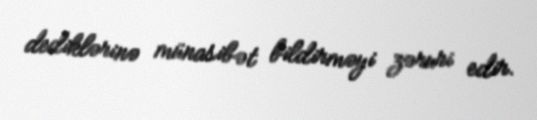
dediklərinə münasibət bildirməyi zəruri edir.